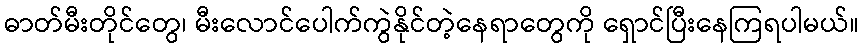
ဓာတ်မီးတိုင်တွေ၊ မီးလောင်ပေါက်ကွဲနိုင်တဲ့နေရာတွေကို ရှောင်ပြီးနေကြရပါမယ်။